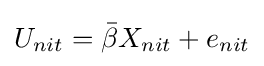
U_{nit}={\bar {\beta }}X_{nit}+e_{nit}